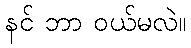
နင် ဘာ ဝယ်မလဲ။